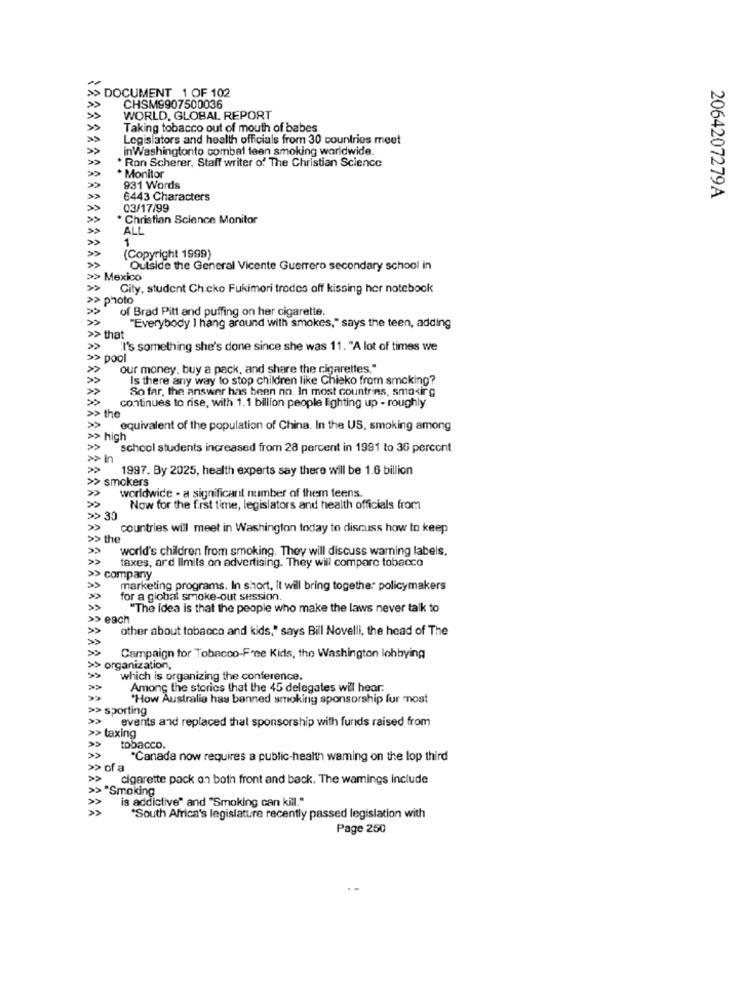
> DOCUMENT 1 OF 102
CHSM9907500036
WORLD, GLOBAL REPORT
Taking tobacco out of mouth of babes
Legislators and health officials from 30 countries meet
inWashingtonto combat teen smoking worldwide.
* Ron Scherer, Staff writer of The Christian Science
. Monitor
931 Words
6443 Characters
2064207279A
03/17/99
* Christian Science Monitor
ALL
1
(Copyright 1999)
Outside the General Vicente Guerrero secondary school in
Mexico
City, student Chicko Fukimori trades off kissing har notebook
photo
of Brad Pitt and puffing on her cigarette.
"Everybody I hang around with smokes," says the teen, adding
> that
'I's something she's done since she was 11. "A lot of times we
pool
our money. buy a pack, and share the cigarettes."
Is there any way to stop children like Chieko from smoking?
So far, the answer has been no. In most countries, smo<irg
continues to rise, with 1.1 billion people lighting up - roughly
>> th
equivalent of the population of China. In the US, smoking among
>> high
school students increased from 28 percent in 1991 to 36 percont
> In
1997. By 2025, health experts say there will be 1.6 billion
smokers
worldwide - a significant number of them teens.
Now for the first time, legislators and health officials from
> 30
countries will meet in Washington today to discuss how to keep
>> th
world's children from smoking. They will discuss warning labels,
taxes, ard limits on advertising. They will compare tobacco
company
marketing programs. In short, it will bring together policymakers
for a global smoke-out session.
"The Idea is that the people who make the laws never talk to
>> each
»
other about tobacco and kids," says Bill Novelli, the head of The
»
Campaign for Tobacco-Free Kids, the Washington lobbying
organization,
»
which is organizing the conference.
»
Among the stories that the 45 delegates will hear;
"How Australia has banned smoking sponsorship fur most
>> sporting
»
events and replaced that sponsorship with funds raised from
>> taxing
tobacco.
*Canada now requires a public-health waming on the top third
>> of a
»
cigarette pack on both front and back. The wamings include
> "Smoking
is addictive" and "Smoking can kill."
*South Africa's legislature recently passed legislation with
Page 250